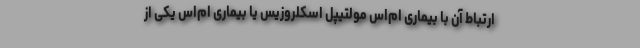
ارتباط آن با بیماری ام‌اس مولتیپل اسکلروزیس یا بیماری ام‌اس یکی از